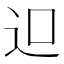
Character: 𨑕